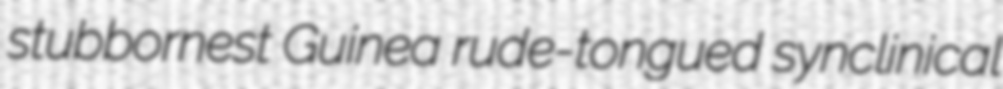
stubbornest Guinea rude-tongued synclinical